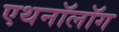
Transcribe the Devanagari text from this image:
एथनॉलॉग